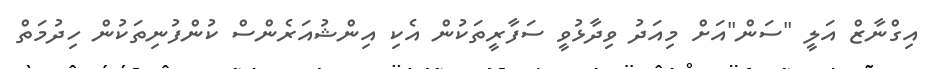
އިގްނާޒް އަލީ "ސަން"އަށް މިއަދު ވިދާޅުވީ ސަފާރީތަކުން އެކި އިންޝުއަރެންސް ކުންފުނިތަކުން ހިދުމަތް